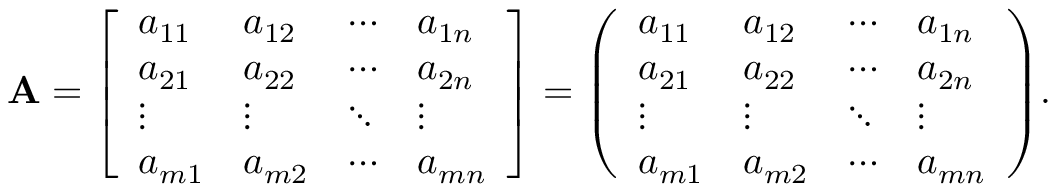
\mathbf { A } = { \left[ \begin{array} { l l l l } { a _ { 1 1 } } & { a _ { 1 2 } } & { \cdots } & { a _ { 1 n } } \\ { a _ { 2 1 } } & { a _ { 2 2 } } & { \cdots } & { a _ { 2 n } } \\ { \vdots } & { \vdots } & { \ddots } & { \vdots } \\ { a _ { m 1 } } & { a _ { m 2 } } & { \cdots } & { a _ { m n } } \end{array} \right] } = { \left( \begin{array} { l l l l } { a _ { 1 1 } } & { a _ { 1 2 } } & { \cdots } & { a _ { 1 n } } \\ { a _ { 2 1 } } & { a _ { 2 2 } } & { \cdots } & { a _ { 2 n } } \\ { \vdots } & { \vdots } & { \ddots } & { \vdots } \\ { a _ { m 1 } } & { a _ { m 2 } } & { \cdots } & { a _ { m n } } \end{array} \right) } .